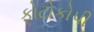
ફોટોકોપી